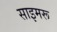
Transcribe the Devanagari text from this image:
साइमरू